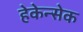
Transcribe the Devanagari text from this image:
हेकेन्सेक